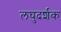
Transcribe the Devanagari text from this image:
लघुदर्शक